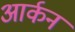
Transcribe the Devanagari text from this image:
आर्कन